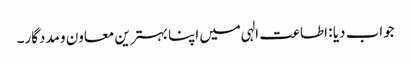
جواب دیا : اطاعت الہی میں اپنا بہترین معاون و مددگار۔